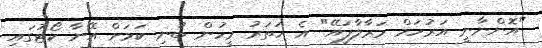
"އޮންނާނީ އަރުހަމް މަރާލާފައޭ" އެ ހަތަރު މީހުން ބުނި ކަމަށް އޭނާ ކޯޓުގައި